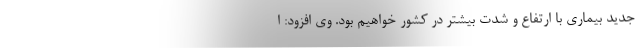
جدید بیماری با ارتفاع و شدت بیشتر در کشور خواهیم بود. وی افزود: ا